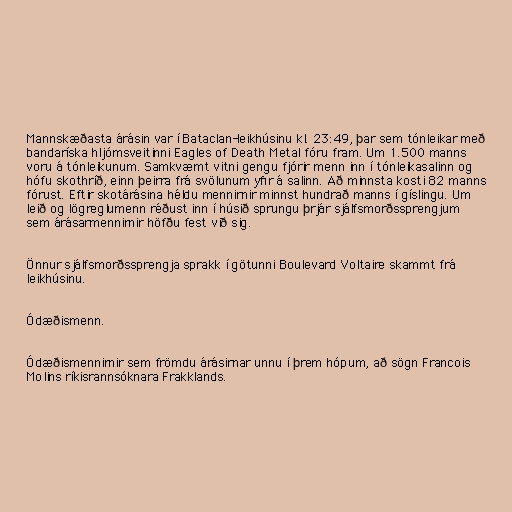
Mannskæðasta árásin var í Bataclan-leikhúsinu kl. 23:49, þar sem tónleikar með
bandaríska hljómsveitinni Eagles of Death Metal fóru fram. Um 1.500 manns
voru á tónleikunum. Samkvæmt vitni gengu fjórir menn inn í tónleikasalinn og
hófu skothríð, einn þeirra frá svölunum yfir á salinn. Að minnsta kosti 82 manns
fórust. Eftir skotárásina héldu mennirnir minnst hundrað manns í gíslingu. Um
leið og lögreglumenn réðust inn í húsið sprungu þrjár sjálfsmorðssprengjum
sem árásarmennirnir höfðu fest við sig.

Önnur sjálfsmorðssprengja sprakk í götunni Boulevard Voltaire skammt frá
leikhúsinu.

Ódæðismenn.

Ódæðismennirnir sem frömdu árásirnar unnu í þrem hópum, að sögn Francois
Molins ríkisrannsóknara Frakklands.